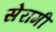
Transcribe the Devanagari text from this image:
सेरामी